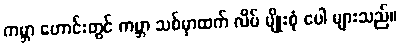
ကမ္ဘာ ဟောင်းတွင် ကမ္ဘာ သစ်မှာထက် လိပ် မျိုးစုံ ပေါ များသည်။